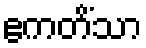
ဧကတိံသာ